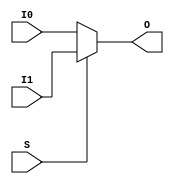
///////////////////////////////////////////////////////
//  Copyright (c) 2011 Xilinx Inc.
//  All Right Reserved.
///////////////////////////////////////////////////////
//
//   ____   ___
//  /   /\/   / 
// /___/  \  /     Vendor      : Xilinx 
// \  \    \/      Version     :  2012.2
//  \  \           Description : 
//  /  /                      
// /__/   /\       Filename    : MUXF9.uniprim.v
// \  \  /  \ 
//  \__\/\__ \                    
//                                 
//  Generated by :	/home/unified/chen/g2ltw/g2ltw.pl
//  Revision:		1.0
//  09/26/12 - 680234 - ncsim compile error
///////////////////////////////////////////////////////

`timescale 1 ps / 1 ps 

`celldefine

module MUXF9
  `ifdef XIL_TIMING //Simprim 
#(
  parameter LOC = "UNPLACED"
)
  `endif
(
  output O,

  input I0,
  input I1,
  input S
);

    reg O_out;

    always @(I0 or I1 or S)
        if (S)
            O_out = I1;
        else
            O_out = I0;

    assign O = O_out;

`ifdef XIL_TIMING

    specify


        (I0 => O) = (0:0:0, 0:0:0);
        (I1 => O) = (0:0:0, 0:0:0);
        (S => O) = (0:0:0, 0:0:0);
        specparam PATHPULSE$ = 0;


    endspecify

`endif

endmodule

`endcelldefine